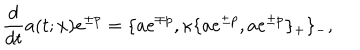
\frac { d } { d t } a ( t ; x ) e ^ { \pm p } = \{ a e ^ { \mp p } , \kappa \{ a e ^ { \pm p } , a e ^ { \pm p } \} _ { + } \} _ { - } ,